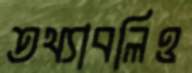
তথ্যাবলিও